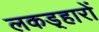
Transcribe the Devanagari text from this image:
लकड़्हारों